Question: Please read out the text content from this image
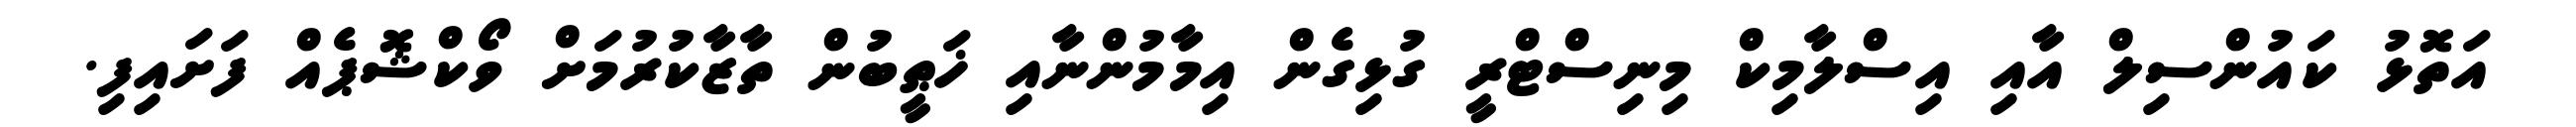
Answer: އަތޮޅު ކައުންސިލް އާއި އިސްލާމިކް މިނިސްޓްރީ ގުޅިގެން އިމާމުންނާއި ޚަޠީބުން ތާޒާކުރުމަށް ވޯކްޝޮޕެއް ފަށައިފި.